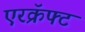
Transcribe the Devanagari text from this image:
एरक्रॅफ्ट